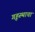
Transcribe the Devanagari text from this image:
गृहस्थाचा